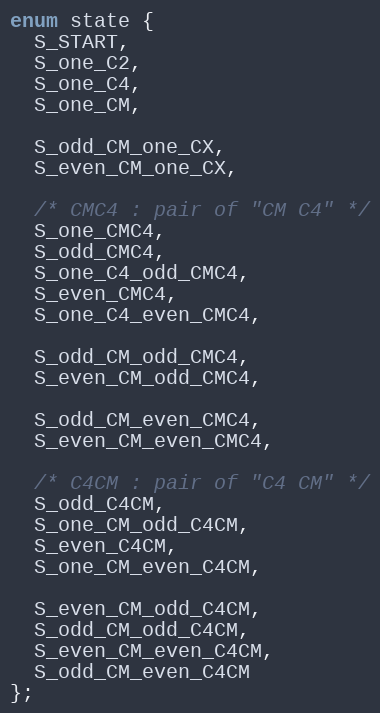
Language: C
enum state {
  S_START,
  S_one_C2,
  S_one_C4,
  S_one_CM,

  S_odd_CM_one_CX,
  S_even_CM_one_CX,

  /* CMC4 : pair of "CM C4" */
  S_one_CMC4,
  S_odd_CMC4,
  S_one_C4_odd_CMC4,
  S_even_CMC4,
  S_one_C4_even_CMC4,

  S_odd_CM_odd_CMC4,
  S_even_CM_odd_CMC4,

  S_odd_CM_even_CMC4,
  S_even_CM_even_CMC4,

  /* C4CM : pair of "C4 CM" */
  S_odd_C4CM,
  S_one_CM_odd_C4CM,
  S_even_C4CM,
  S_one_CM_even_C4CM,

  S_even_CM_odd_C4CM,
  S_odd_CM_odd_C4CM,
  S_even_CM_even_C4CM,
  S_odd_CM_even_C4CM
};